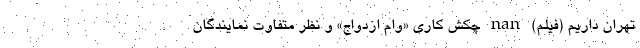
تهران داریم (فیلم) nan چکش کاری «وام ازدواج» و نظر متفاوت نمایندگان